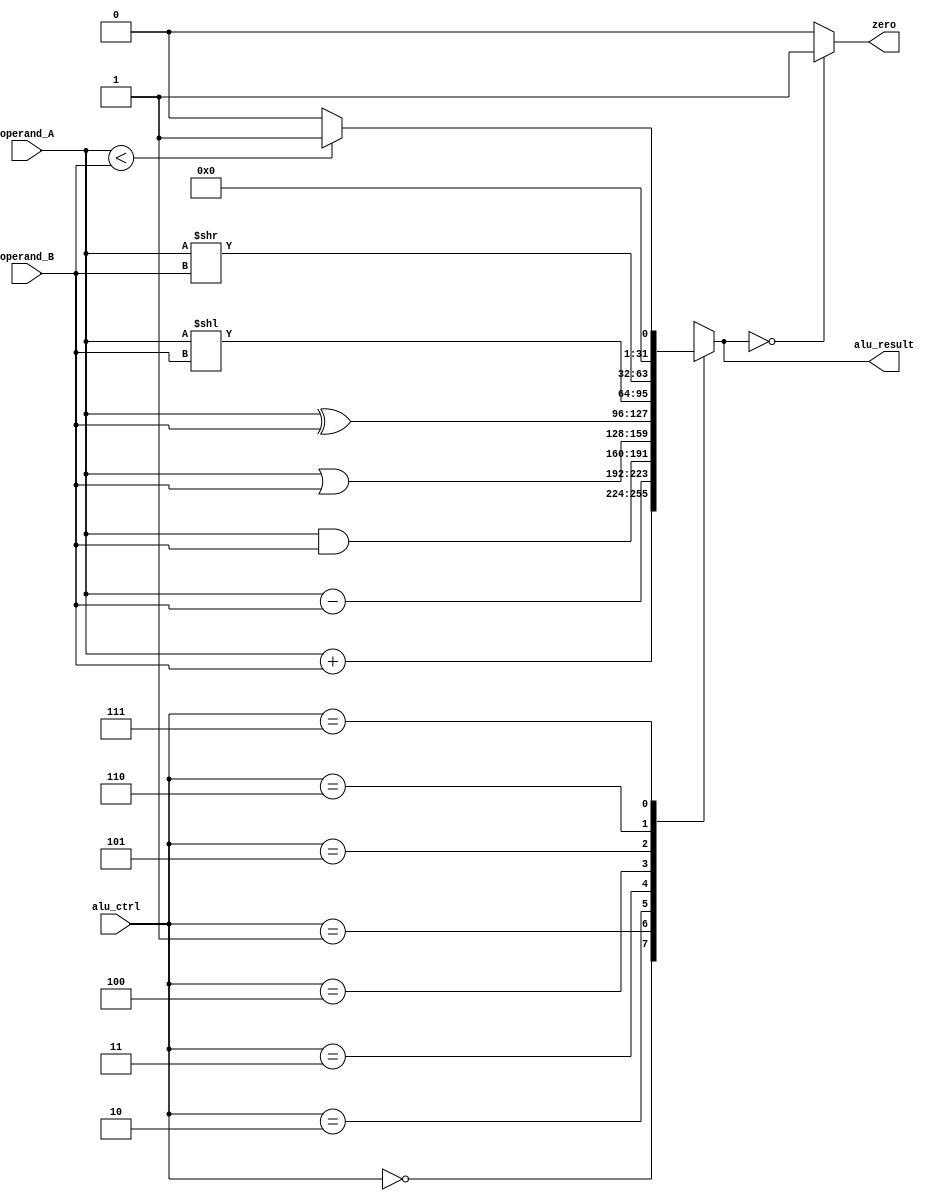
module alu (
  input wire [31:0] operand_A,
  input wire [31:0] operand_B,
  input wire [2:0] alu_ctrl,
  output reg [31:0] alu_result,
  output reg zero
);

  always @* begin
    case (alu_ctrl)
      3'b000: alu_result = operand_A + operand_B;    // Add
      3'b001: alu_result = operand_A - operand_B;    // Subtract
      3'b010: alu_result = operand_A & operand_B;    // Bitwise AND
      3'b011: alu_result = operand_A | operand_B;    // Bitwise OR
      3'b100: alu_result = operand_A ^ operand_B;    // Bitwise XOR
      3'b101: alu_result = operand_A << operand_B;   // Shift left logical
      3'b110: alu_result = operand_A >> operand_B;   // Shift right logical
      3'b111: alu_result = (operand_A < operand_B) ? 1 : 0;   // Set if less than
      default: alu_result = 0;                       // Default value
    endcase
  end

  assign zero = (alu_result == 0) ? 1 : 0;    // Set zero flag

endmodule